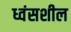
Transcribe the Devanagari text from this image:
ध्वंसशील